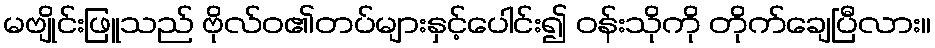
မဗျိုင်းဖြူသည် ဗိုလ်ဝ၏တပ်များနှင့်ပေါင်း၍ ဝန်းသိုကို တိုက်ချေပြီလား။